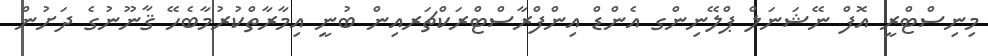
މިނިސްޓްރީ އޮފް ނޭޝަނަލް ޕްލޭނިންގ އެންޑް އިންފްރާސްޓްރަކްޗަރއިން ބުނީ އިމާރާތްކުރުމާބެހޭ ޤާނޫނުގެ ދަށުން